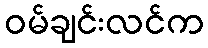
ဝမ်ချင်းလင်က